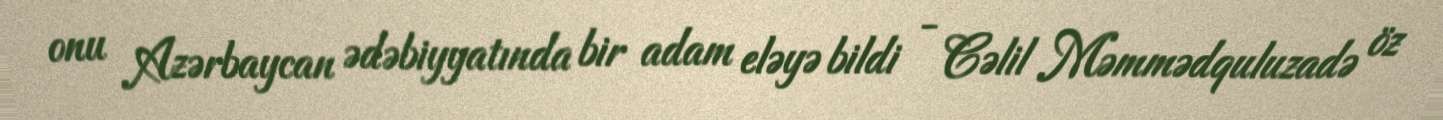
onu Azərbaycan ədəbiyyatında bir adam eləyə bildi - Cəlil Məmmədquluzadə öz